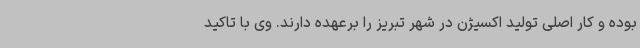
بوده و کار اصلی تولید اکسیژن در شهر تبریز را برعهده دارند. وی با تاکید